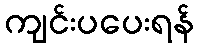
ကျင်းပပေးရန်